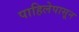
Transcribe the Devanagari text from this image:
पाहिलेपासून